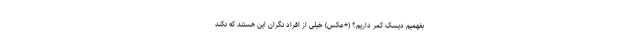
بفهمیم دیسک کمر داریم؟ (+عکس) خیلی از افراد نگران این هستند که نکند